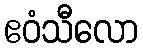
ဧဝံသီလော